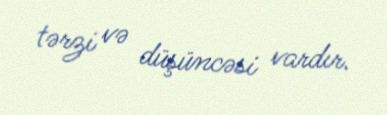
tərzi və düşüncəsi vardır.